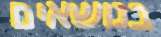
בנושאים